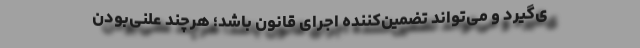
ی‌گیرد و می‌تواند تضمین‌‌کننده‌ اجرای قانون باشد؛ هرچند علنی‌بودن